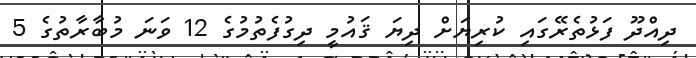
ދިއްދޫ ފަޅުތެރޭގައި ކުރިޔަށް ދިޔަ ޤައުމީ ދިގުފެތުމުގެ 12 ވަނަ މުބާރާތުގެ 5